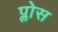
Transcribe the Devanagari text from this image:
प्लोस